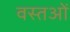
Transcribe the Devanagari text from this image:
वस्‍तओं